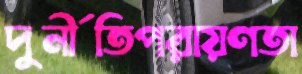
দুর্নীতিপরায়ণতা